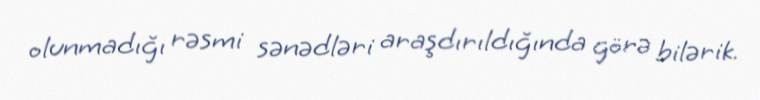
olunmadığı rəsmi sənədləri araşdırıldığında görə bilərik.